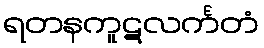
ရတနကူဋလင်္ကတံ